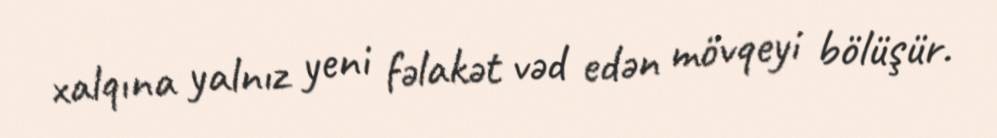
xalqına yalnız yeni fəlakət vəd edən mövqeyi bölüşür.